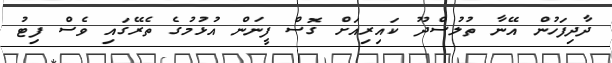
ދާދިފަހުން އޭނާ ތުލުސްދޫ ކައިރިއަށް ގޮސް ފީނަން އުޅުމުގެ ތެރޭގައި ވެސް ފިޓު